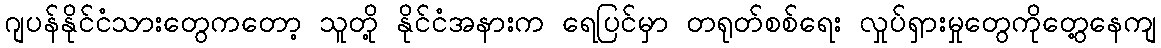
ဂျပန်နိုင်ငံသားတွေကတော့ သူတို့ နိုင်ငံအနားက ရေပြင်မှာ တရုတ်စစ်ရေး လှုပ်ရှားမှုတွေကိုတွေ့နေကျ